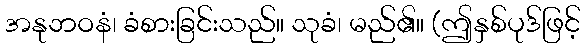
အနုဘဝနံ၊ ခံစားခြင်းသည်။ သုခံ၊ မည်၏။ (ဤနှစ်ပုဒ်ဖြင့်